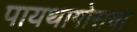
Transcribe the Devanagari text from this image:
पायथागोसचा